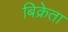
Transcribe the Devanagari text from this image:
बिक्रेता